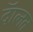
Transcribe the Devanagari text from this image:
दॅालत